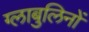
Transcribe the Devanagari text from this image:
ग्लाबुलिनों